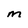
Character: m